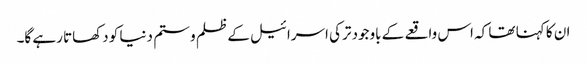
ان کا کہنا تھا کہ اس واقعے کے باوجود ترکی اسرائیل کے ظلم و ستم دنیا کو دکھاتا رہے گا۔